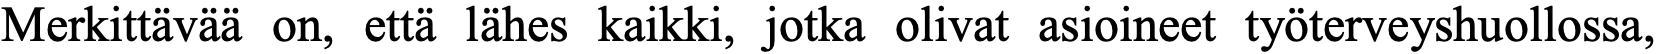
Merkittävää on, että lähes kaikki, jotka olivat asioineet työterveyshuollossa,